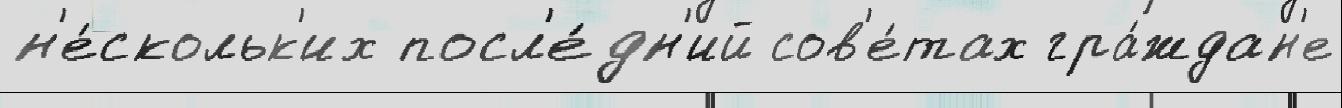
н'е́скольк'их посл'е́дн'ий сов'е́тах гра́ждан'е